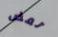
تعض